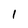
Character: 1